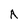
Character: A